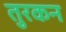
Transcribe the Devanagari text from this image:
तुरकन